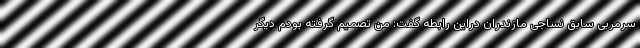
سرمربی سابق نساجی مازندران دراین رابطه گفت: من تصمیم گرفته بودم دیگر